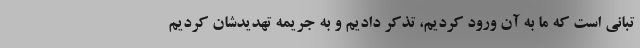
تبانی است که ما به آن ورود کردیم، تذکر دادیم و به جریمه تهدیدشان کردیم